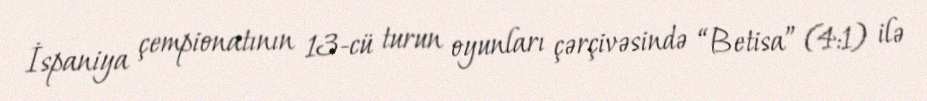
İspaniya çempionatının 13-cü turun oyunları çərçivəsində “Betisa” (4:1) ilə